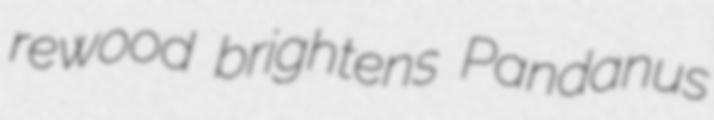
rewood brightens Pandanus